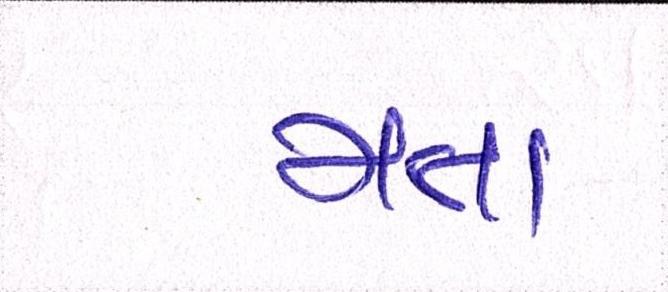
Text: મતા